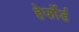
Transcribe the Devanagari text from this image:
हेर्फोर्ड